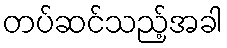
တပ်ဆင်သည့်အခါ